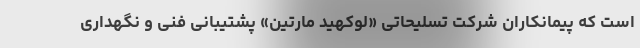
است که پیمانکاران شرکت تسلیحاتی «لوکهید مارتین» پشتیبانی فنی و نگهداری